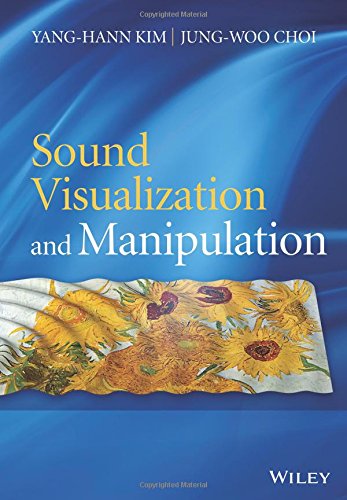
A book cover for Sound Visualization and Manipulation; Yang-Hann Kim; Computers & Technology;